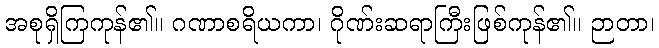
အစုရှိကြကုန်၏။ ဂဏာစရိယကာ၊ ဂိုဏ်းဆရာကြီးဖြစ်ကုန်၏။ ဉာတာ၊